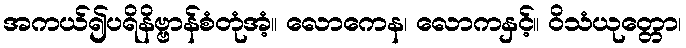
အကယ်၍ပရိနိဗ္ဗာန်စံတုံအံ့။ လောကေန၊ လောကနှင့်။ ဝိသံယုတ္တော၊